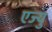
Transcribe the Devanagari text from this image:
एज्‍यु